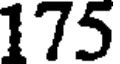
175